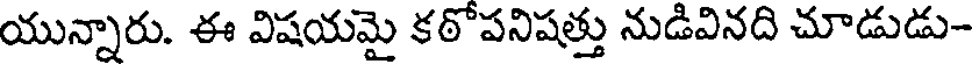
యున్నారు. ఈ విషయమై కఠోపనిషత్తు నుడివినది చూడుడు-